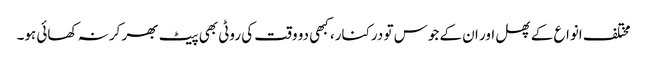
مختلف انواع کے پھل اور ان کے جوس تو درکنار، کبھی دو وقت کی روٹی بھی پیٹ بھر کر نہ کھائی ہو۔